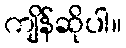
ကျိန်ဆိုပါ။